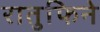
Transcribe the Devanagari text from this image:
रातुफिने